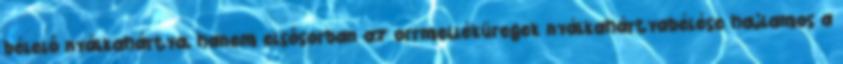
bélelő nyálkahártya, hanem elsősorban az orrmelléküregek nyálkahártyabélése hajlamos a